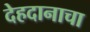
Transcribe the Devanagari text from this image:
देहदानाचा